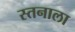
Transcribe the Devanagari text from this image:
स्तनाला